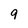
Character: 9